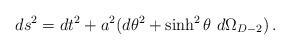
LaTeX: \begin{align*}ds^{2}=dt^{2}+a^{2}(d\theta^{2}+\sinh^{2}\theta\ d\Omega_{D-2})\, .\end{align*}